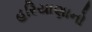
હરિયાણાનો